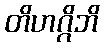
တိဟဂ္ဂိဘိ